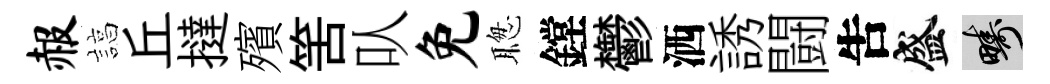
赧諄丘撻殯筈㕥免聦鏜鬱洒誘闘吿盛疇